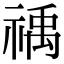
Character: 䄔